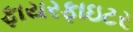
ફાયરફાઇટર